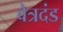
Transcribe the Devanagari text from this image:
वेत्रदंड